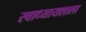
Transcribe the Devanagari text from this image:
स्वाध्यायशाला